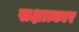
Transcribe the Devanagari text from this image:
सक्षात्कार